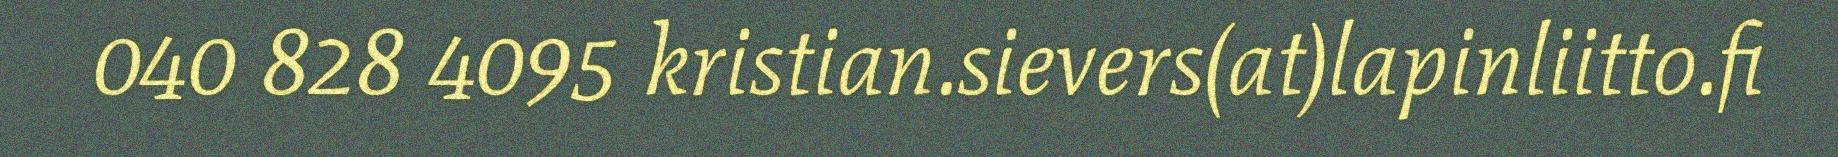
040 828 4095 kristian.sievers(at)lapinliitto.fi